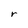
Character: r